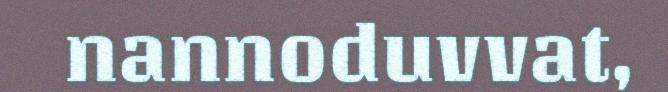
nannoduvvat,